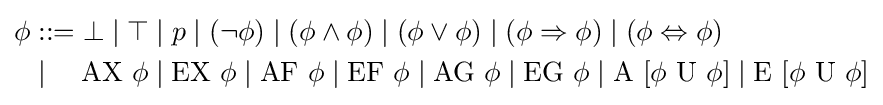
{\begin{aligned}\phi &::=\bot \mid \top \mid p\mid (\neg \phi )\mid (\phi \land \phi )\mid (\phi \lor \phi )\mid (\phi \Rightarrow \phi )\mid (\phi \Leftrightarrow \phi )\\&\mid \quad {\mbox{AX }}\phi \mid {\mbox{EX }}\phi \mid {\mbox{AF }}\phi \mid {\mbox{EF }}\phi \mid {\mbox{AG }}\phi \mid {\mbox{EG }}\phi \mid {\mbox{A }}[\phi {\mbox{ U }}\phi ]\mid {\mbox{E }}[\phi {\mbox{ U }}\phi ]\end{aligned}}